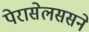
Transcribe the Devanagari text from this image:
पेरासेलससने